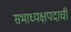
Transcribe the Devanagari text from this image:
सभाध्यक्षपदाची